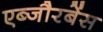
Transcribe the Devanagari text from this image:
एब्जौरबेंस